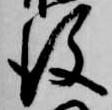
後